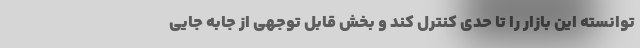
توانسته این بازار را تا حدی کنترل کند و بخش قابل توجهی از جابه جایی